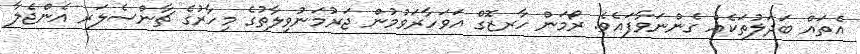
އެތައް ބަދަލުތަކެއް ގެންނަވާފައެވެ. ރޯމަން ހާރޒޮގް އަވަހާރަވުމުން ޖަރުމަނުވިލާތުގެ މިހާރުގެ ޗާންސެލަރ އެންޖެލާ